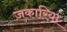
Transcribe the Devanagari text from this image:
ज़कारियां